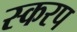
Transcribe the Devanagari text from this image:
स्करप